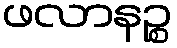
ဖလာနဉ္စ